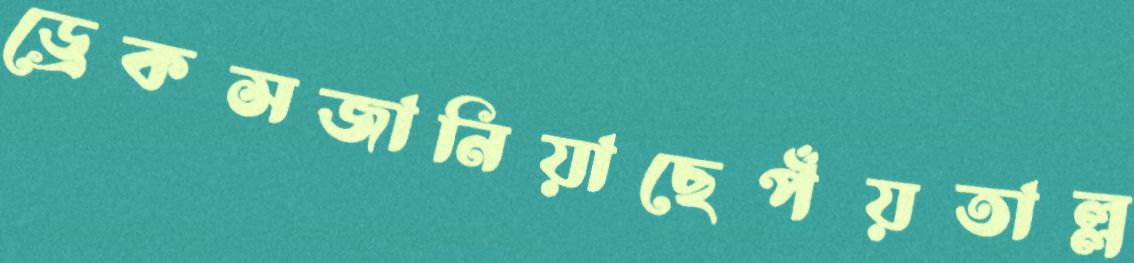
ড্রেকসজানিয়াছেপঁয়তাল্ল